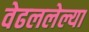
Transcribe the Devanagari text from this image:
वेढललेल्या